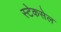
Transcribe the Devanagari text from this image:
स्टेकसेल